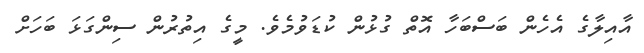
އާއިލާގެ އެހެން ބަސްބަހާ އޮތް ގުޅުން ކުޑަވުމެވެ. މީގެ އިތުރުން ސިންގަޅަ ބަހަށް